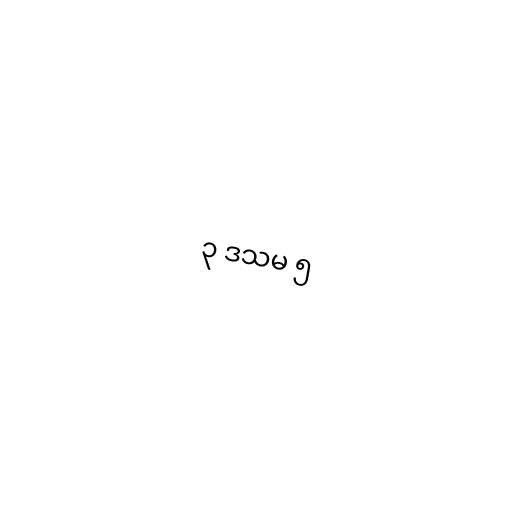
၃ ဒသမ ၅